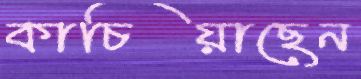
কাচিয়াছেন